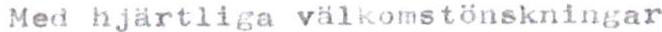
Med hjärtliga välkomstönskningar